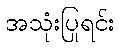
အသုံးပြုရင်း